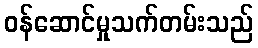
ဝန်ဆောင်မှုသက်တမ်းသည်